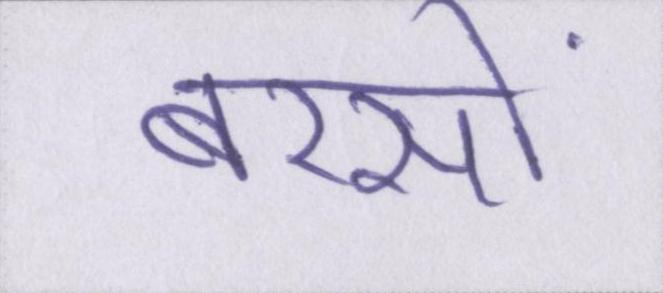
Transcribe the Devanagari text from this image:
बरसों